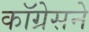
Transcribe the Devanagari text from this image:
कॉग्रेसने